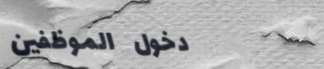
دخول الموظفين